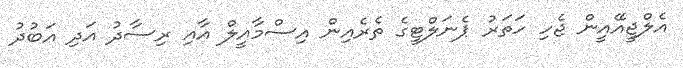
އެލްޖީއޭއީން ޖެހި ހަތަރު ޕެނަލްޓީގެ ތެރެއިން އިސްމާއީލް އާއި ރިސާދު އަދި އަބުދު